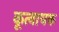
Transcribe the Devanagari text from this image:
कूत्वाचक